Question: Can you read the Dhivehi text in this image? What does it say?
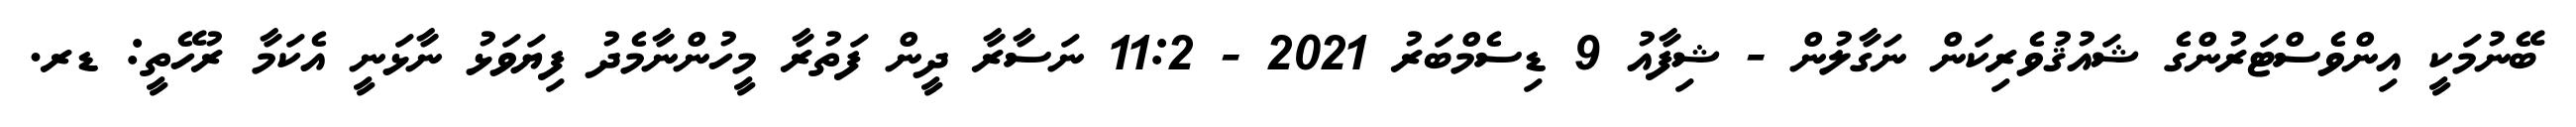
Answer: ބޭނުމަކީ އިންވެސްޓަރުންގެ ޝައުޤުވެރިކަން ނަގާލުން - ޝިފާއު 9 ޑިސެމްބަރު 2021 - 11:2 ނަސާރާ ދީން ފަތުރާ މީހުންނާމެދު ފިޔަވަޅު ނާޅަނީ އެކަމާ ރުހޭތީ: ޑރ.